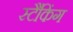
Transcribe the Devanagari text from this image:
स्टैंकिंग